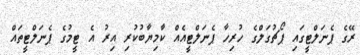
ރޭގެ ޕެނަލްޓީގައި ޕޯޗުގަލްގެ ހުރިހާ ޕެނަލްޓީއެއް ކާމިޔާބުކުރި އިރު އެ ޓީމުގެ ޕެނަލްޓީތައް